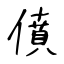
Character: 僨